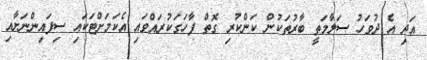
އަދި އެ ދުވަހު ސަލާމަތީ ބާރުތަކުން ކަންކުރި ގޮތް ފާހަގަކުރައްވައި އެކަމަށްޓަކައި ސިފައިންނަށާއި